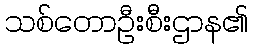
သစ်တောဦးစီးဌာန၏